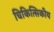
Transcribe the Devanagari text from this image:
चिकित्सिकीय